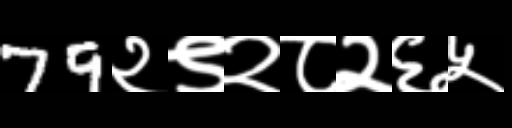
Text: 79२९२८२६५